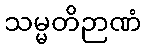
သမ္မတိဉာဏံ